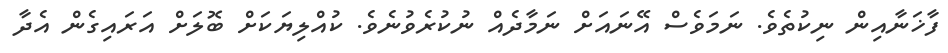
ފާޚަނާއިން ނިކުތެވެ. ނަމަވެސް އޭނައަށް ނަމާދެއް ނުކުރެވުނެވެ. ކުއްލިޔަކަށް ބޮލަށް އަރައިގެން އެދާ